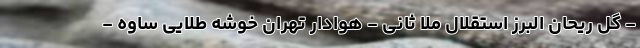
- گل ریحان البرز استقلال ملا ثانی - هوادار تهران خوشه طلایی ساوه -